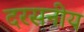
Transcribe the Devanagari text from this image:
दरसनीय